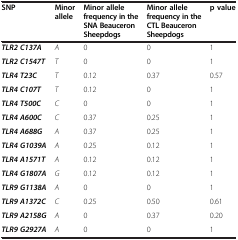
<table><thead><tr><td><b>SNP</b></td><td><b>Minor allele</b></td><td><b>Minor allele frequency in the SNA Beauceron Sheepdogs</b></td><td><b>Minor allele frequency in the CTL Beauceron Sheepdogs</b></td><td><b>p value</b></td></tr></thead><tbody><tr><td><b><i>TLR2 C137A</i></b></td><td><i>A</i></td><td>0</td><td>0</td><td>1</td></tr><tr><td><b><i>TLR2 C1547T</i></b></td><td><i>T</i></td><td>0</td><td>0</td><td>1</td></tr><tr><td><b><i>TLR4 T23C</i></b></td><td><i>T</i></td><td>0.12</td><td>0.37</td><td>0.57</td></tr><tr><td><b><i>TLR4 C107T</i></b></td><td><i>T</i></td><td>0.12</td><td>0</td><td>1</td></tr><tr><td><b><i>TLR4 T500C</i></b></td><td><i>C</i></td><td>0</td><td>0</td><td>1</td></tr><tr><td><b><i>TLR4 A600C</i></b></td><td><i>C</i></td><td>0.37</td><td>0.25</td><td>1</td></tr><tr><td><b><i>TLR4 A688G</i></b></td><td><i>A</i></td><td>0.37</td><td>0.25</td><td>1</td></tr><tr><td><b><i>TLR4 G1039A</i></b></td><td><i>A</i></td><td>0.25</td><td>0.12</td><td>1</td></tr><tr><td><b><i>TLR4 A1571T</i></b></td><td><i>A</i></td><td>0.12</td><td>0.12</td><td>1</td></tr><tr><td><b><i>TLR4 G1807A</i></b></td><td><i>G</i></td><td>0.12</td><td>0.12</td><td>1</td></tr><tr><td><b><i>TLR9 G1138A</i></b></td><td><i>A</i></td><td>0</td><td>0</td><td>1</td></tr><tr><td><b><i>TLR9 A1372C</i></b></td><td><i>C</i></td><td>0.25</td><td>0.50</td><td>0.61</td></tr><tr><td><b><i>TLR9 A2158G</i></b></td><td><i>A</i></td><td>0</td><td>0.37</td><td>0.20</td></tr><tr><td><b><i>TLR9 G2927A</i></b></td><td><i>A</i></td><td>0</td><td>0</td><td>1</td></tr></tbody></table>